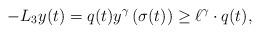
LaTeX: \begin{align*}-L_{3}y(t)=q(t)y^{\gamma}\left(\sigma(t)\right)\geq \ell^{\gamma}\cdot q(t),\end{align*}